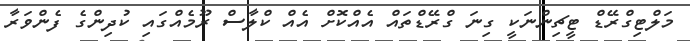
މަލްޓިގްރޭޑް ޓީޗިންނަކީ ގިނަ ގްރޭޑްތައް އެއްކޮށް އެއް ކްލާސް ރޫމެއްގައި ކުދިންގެ ފެންވަރާ